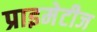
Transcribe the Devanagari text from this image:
प्राइमेटीज